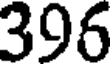
396